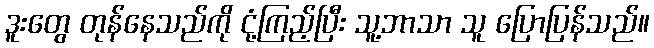
ဒူးတွေ တုန်နေသည်ကို ငုံ့ကြည့်ပြီး သူ့ဘာသာ သူ ပြောပြန်သည်။